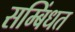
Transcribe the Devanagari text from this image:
सम्बिंधत